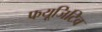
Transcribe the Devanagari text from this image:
फयूजिटिव